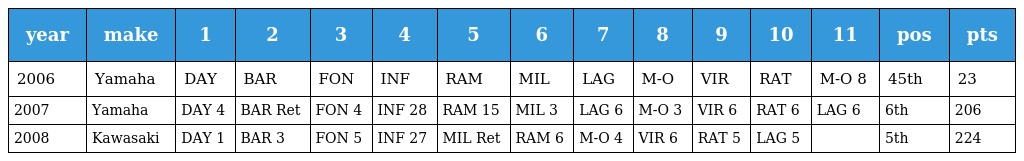
| year | make | 1 | 2 | 3 | 4 | 5 | 6 | 7 | 8 | 9 | 10 | 11 | pos | pts |
 | --- | --- | --- | --- | --- | --- | --- | --- | --- | --- | --- | --- | --- | --- | --- |
 | 2006 | Yamaha | DAY | BAR | FON | INF | RAM | MIL | LAG | M-O | VIR | RAT | M-O 8 | 45th | 23 |
 | 2007 | Yamaha | DAY 4 | BAR Ret | FON 4 | INF 28 | RAM 15 | MIL 3 | LAG 6 | M-O 3 | VIR 6 | RAT 6 | LAG 6 | 6th | 206 |
 | 2008 | Kawasaki | DAY 1 | BAR 3 | FON 5 | INF 27 | MIL Ret | RAM 6 | M-O 4 | VIR 6 | RAT 5 | LAG 5 |  | 5th | 224 |